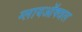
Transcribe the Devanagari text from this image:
ग्लायऑक्जल